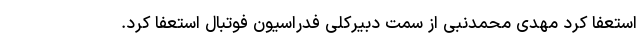
استعفا کرد مهدی محمدنبی از سمت دبیرکلی فدراسیون فوتبال استعفا کرد.